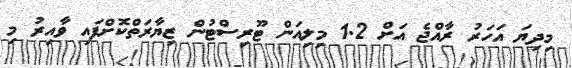
މިދިޔަ އަހަރު ރާއްޖެ އަށް 1.2 މިލިއަން ޓޫރިސްޓުން ޒިޔާރަތްކޮށްފައި ވާއިރު މި